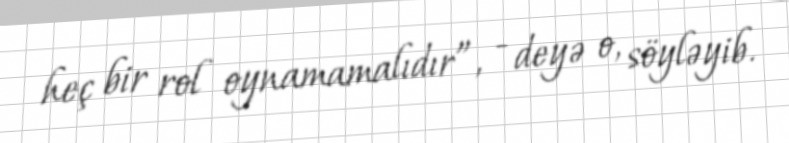
heç bir rol oynamamalıdır”, - deyə o, söyləyib.